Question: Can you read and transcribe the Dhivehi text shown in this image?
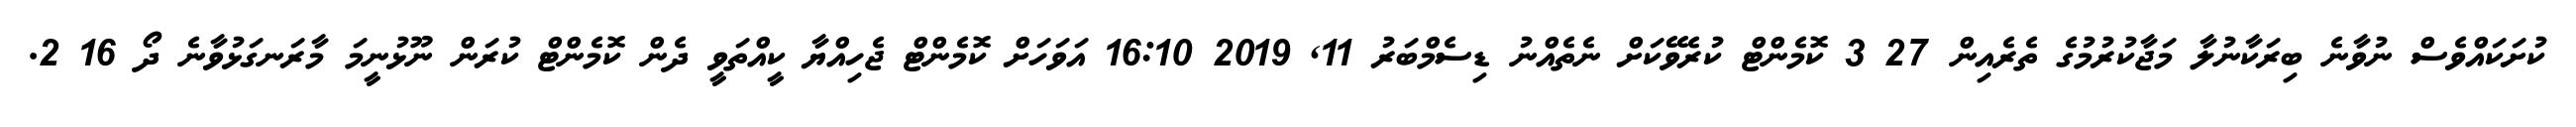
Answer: ކުށަކައްވެސް ނުވާނެ ބިރަކާނުލާ މަޖާކުރުމުގެ ތެރެއިން 27 3 ކޮމެންޓް ކުރެވޭކަށް ނެތެއްނު ޑިސެމްބަރު 11, 2019 16:10 އަވަހަށް ކޮމެންޓް ޖެހިއްޔާ ކީއްތަވީ ދެން ކޮމެންޓް ކުރަން ނޫޅުނީމަ މާރަނގަޅުވާނެ ދޯ 16 2.